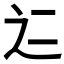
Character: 𱍻